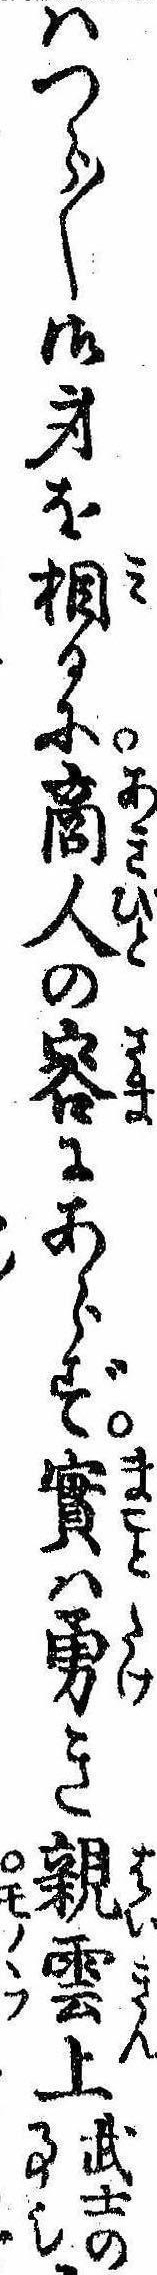
はつら〱御身を相るに商人の容にあらず実は勇き親雲上武士の事也